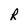
Character: R